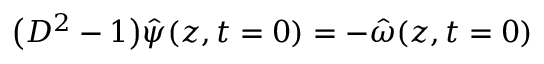
\big ( D ^ { 2 } - 1 \big ) \hat { \psi } ( z , t = 0 ) = - \hat { \omega } ( z , t = 0 )